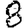
Digit: 8